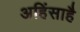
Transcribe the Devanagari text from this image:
अहिंसाहै